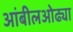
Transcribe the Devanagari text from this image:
आंबीलओढ्या